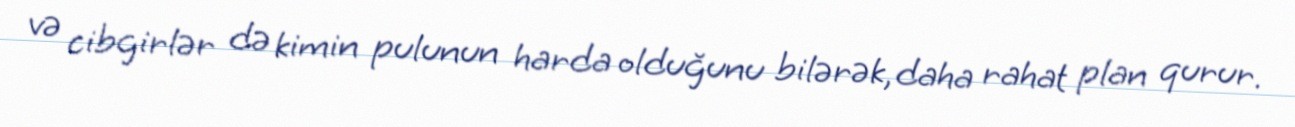
və cibgirlər də kimin pulunun harda olduğunu bilərək, daha rahat plan qurur.